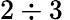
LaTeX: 2\div 3\nobreakspace